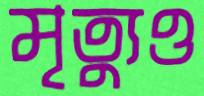
মৃত্যুও